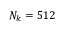
N _ { k } = 5 1 2